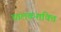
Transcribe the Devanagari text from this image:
चालकशक्ति